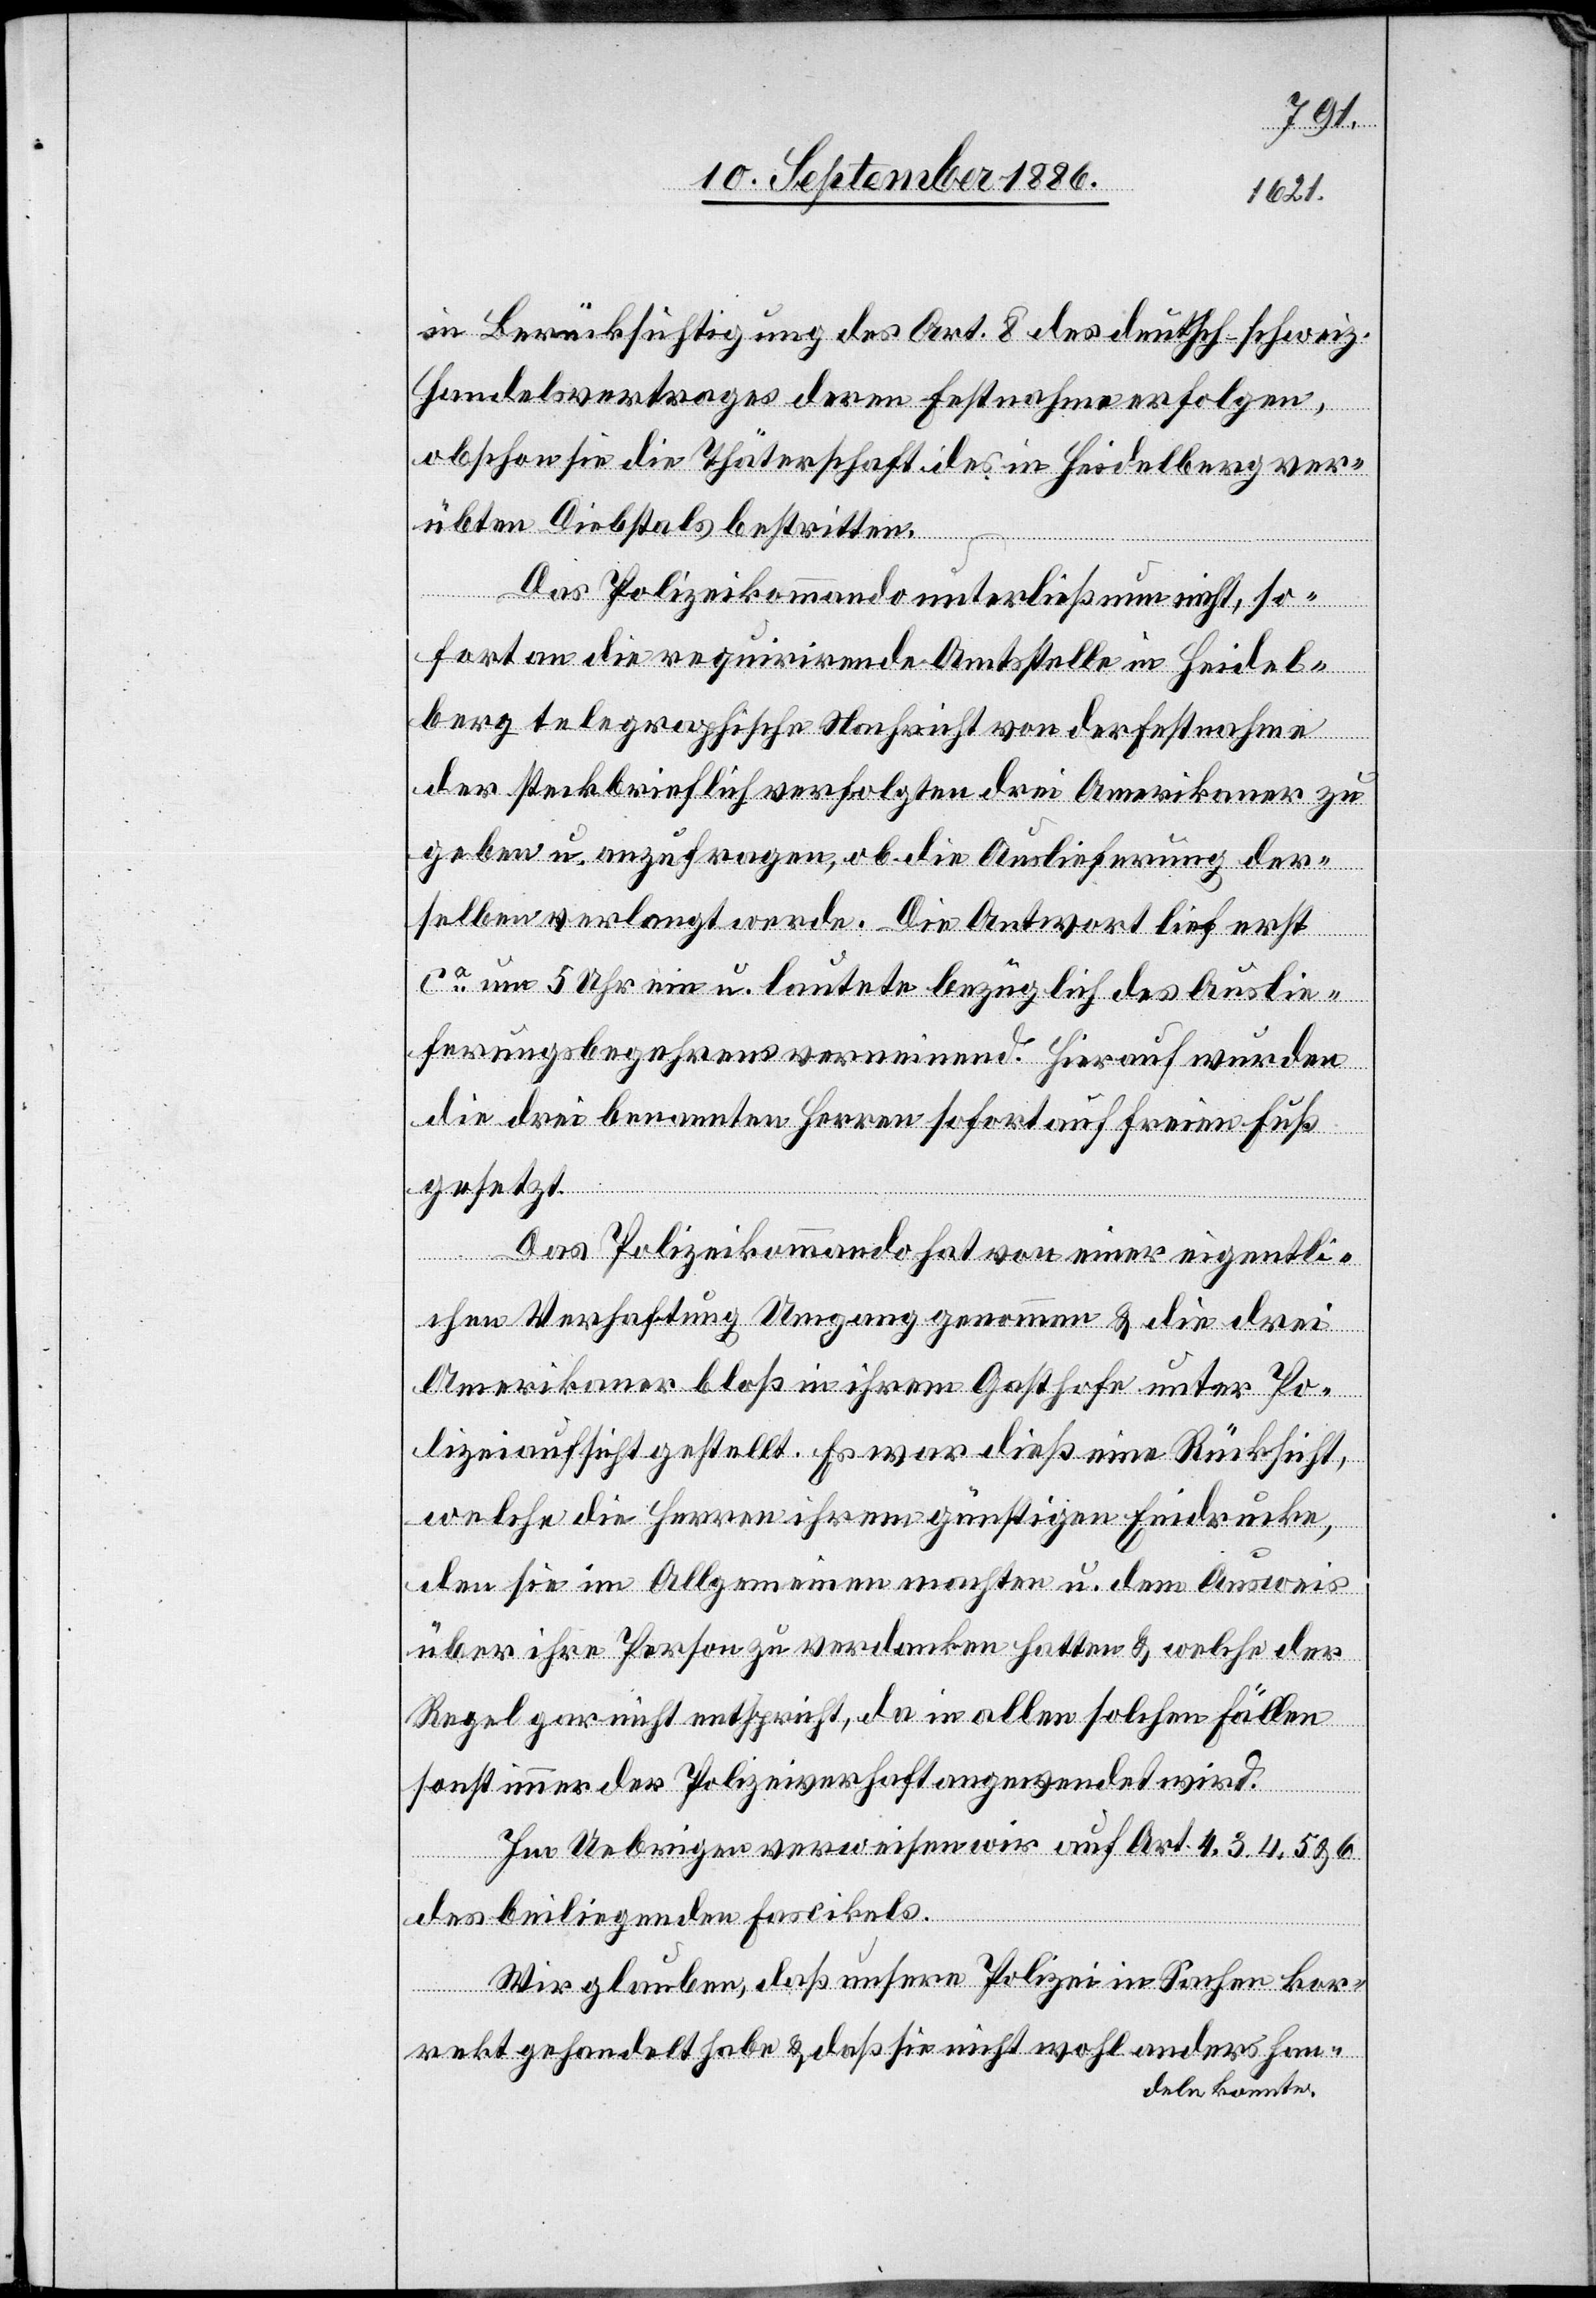
in Berücksichtigung des Art. 8 des deutsch-schweiz.
Handelsvertrages deren Festnahme erfolgen,
obschon sie die Thäterschaft des in Heidelberg ver¬
übten Diebstals bestritten.
Das Polizeikommando unterließ nun nicht, so¬
fort an die requirirende Amtsstelle in Heidel¬
berg telegraphische Nachricht von der Festnahme
der steckbrieflich verfolgten drei Amerikaner zu
geben u. anzufragen, ob die Auslieferung der¬
selben verlangt werde. Die Antwort lief erst
ca um 5 Uhr ein u. lautete bezüglich des Auslie¬
ferungsbegehrens verneinend. Hierauf wurden
die drei benannten Herren sofort auf freien Fuß
gesetzt.
Das Polizeikommando hat von einer eigentli¬
chen Verhaftung Umgang genommen & die drei
Amerikaner bloß in ihrem Gasthofe unter Po¬
lizeiaufsicht gestellt. Es war dieß eine Rücksicht,
welche die Herren ihrem günstigen Eindrucke,
den sie im Allgemeinen machten u. dem Ausweis
über ihre Person zu verdanken hatten & welche der
Regel gar nicht entspricht, da in allen solchen Fällen
sonst immer der Polizeiverhaft angewendet wird.
Im Uebrigen verweisen wir auf Art. 4, 3, 4, 5 & 6
des beiliegenden Fascikels.
Wir glauben, daß unsere Polizei in Sachen kor¬
rekt gehandelt habe & daß sie nicht wohl anders han¬
deln konnte.